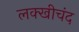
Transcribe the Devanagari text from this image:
लक्खीचंद